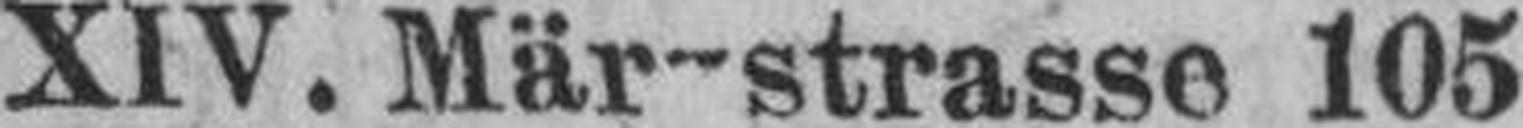
XIV. Märzstrasse 105